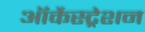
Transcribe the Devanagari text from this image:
ऑर्केस्ट्रेशन